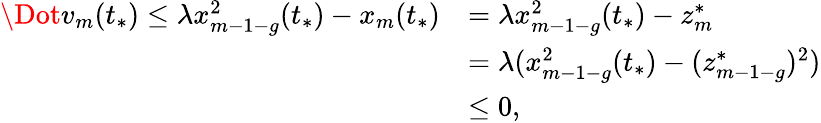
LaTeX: \begin{array}{rl}{\Dot{v}_{m}(t_{*})\leq\lambda x_{m-1-g}^{2}(t_{*})-x_{m}(t_{*})}&{=\lambda x_{m-1-g}^{2}(t_{*})-z_{m}^{*}}\\ &{=\lambda(x_{m-1-g}^{2}(t_{*})-(z_{m-1-g}^{*})^{2})}\\ &{\leq 0,}\end{array}